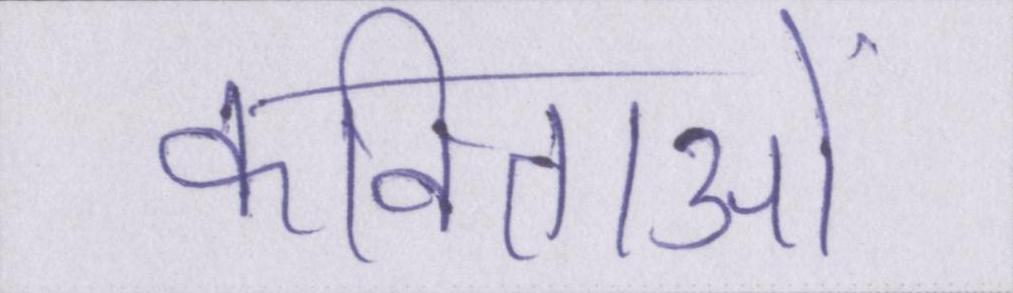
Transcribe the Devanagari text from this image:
कविताओं